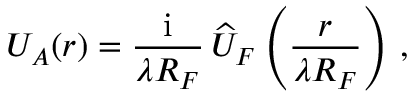
U _ { A } ( \boldsymbol r ) = { \frac { \mathrm { i } } { \lambda R _ { F } } } \, \widehat { U } _ { F } \left( { \frac { \boldsymbol r } { \lambda R _ { F } } } \right) \, ,